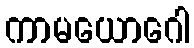
ကာမယောဂေါ